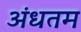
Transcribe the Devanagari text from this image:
अंधतम